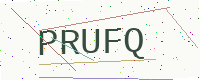
Text: PRUFQ